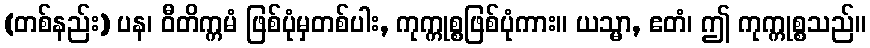
(တစ်နည်း) ပန၊ ဝီတိက္ကမံ ဖြစ်ပုံမှတစ်ပါး, ကုက္ကုစ္စဖြစ်ပုံကား။ ယသ္မာ, ဧတံ၊ ဤ ကုက္ကုစ္စသည်။